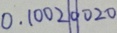
0 . 1 0 0 2 \vert 0 \vert 0 2 0